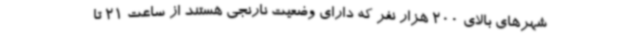
شهرهای بالای 200 هزار نفر که دارای وضعیت نارنجی هستند از ساعت 21 تا